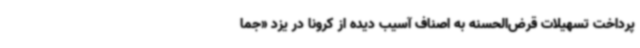
پرداخت تسهیلات قرض‌الحسنه به اصناف آسیب دیده از کرونا در یزد «جما